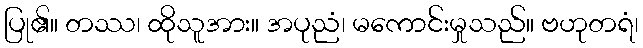
ပြု၏။ တဿ၊ ထိုသူအား။ အပုညံ၊ မကောင်းမှုသည်။ ဗဟုတရံ၊